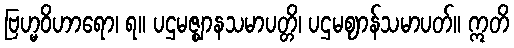
ဗြဟ္မဝိဟာရော၊ ရ။ ပဌမဇ္ဈာနသမာပတ္တိ၊ ပဌမဈာန်သမာပတ်။ ဣတိ